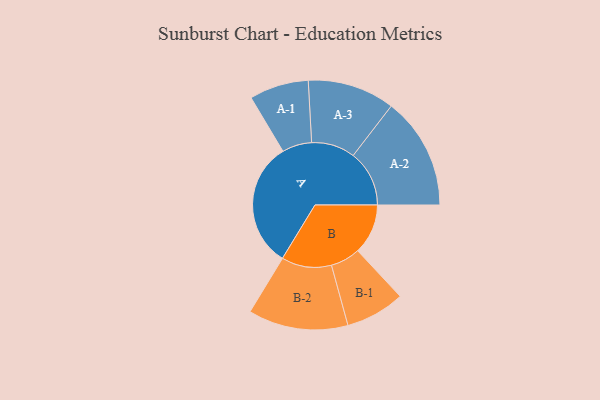
{"axis": {"x": "Segment", "y": "Value"}, "legend": ["", "A", "B"], "data": [{"x": "A", "y": 434, "type": ""}, {"x": "B", "y": 173, "type": ""}, {"x": "A-1", "y": 102, "type": "A"}, {"x": "A-2", "y": 193, "type": "A"}, {"x": "A-3", "y": 150, "type": "A"}, {"x": "B-1", "y": 102, "type": "B"}, {"x": "B-2", "y": 172, "type": "B"}]}